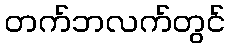
တက်ဘလက်တွင်